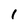
Character: 1